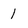
Character: 1